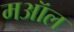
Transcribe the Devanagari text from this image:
मऑल